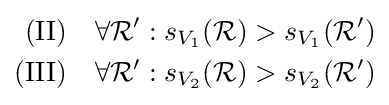
{\begin{aligned}{\text{(II)}}\quad \forall {\mathcal {R}}':{}&s_{V_{1}}({\mathcal {R}})>s_{V_{1}}({\mathcal {R}}')\\{\text{(III)}}\quad \forall {\mathcal {R}}':{}&s_{V_{2}}({\mathcal {R}})>s_{V_{2}}({\mathcal {R}}')\end{aligned}}